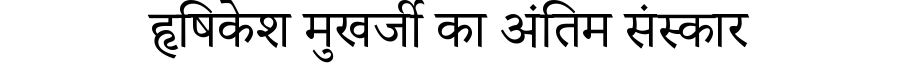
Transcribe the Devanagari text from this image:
हृषिकेश मुखर्जी का अंतिम संस्कार